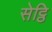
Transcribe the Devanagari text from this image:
सेट्ठि